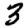
Digit: 3